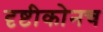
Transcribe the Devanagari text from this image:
दृष्टीकोनच